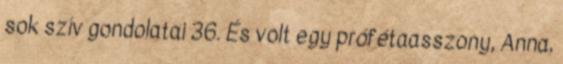
sok szív gondolatai 36. És volt egy prófétaasszony, Anna,